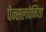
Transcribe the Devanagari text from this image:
पेन्सलवेनिया